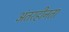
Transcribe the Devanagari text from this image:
अंतरहीनता